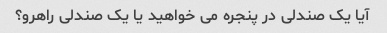
آیا یک صندلی در پنجره می خواهید یا یک صندلی راهرو؟